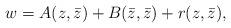
LaTeX: \begin{align*}w = A(z,\bar{z}) + B(\bar{z},\bar{z}) + r(z,\bar{z}) ,\end{align*}